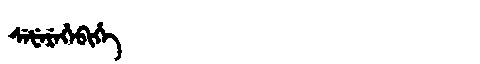
Manchu: ᠰᡝᡶᡝᡵᡝᡥᡝᠪᡳᡥᡝ
Romanization: SEFEREHEBIHE